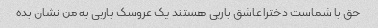
حق با شماست دخترا عاشق باربی هستند یک عروسک باربی به من نشان بده